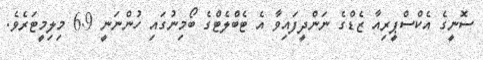
ސޮނީގެ އެކްސްޕީރިއާ ޒެޑްގެ ނަންދީފައިވާ އެ ޓެބްލެޓްގެ ބޯމިނުގައި ހުންނަނީ 6.9 މިލިމީޓަރެވެ.